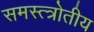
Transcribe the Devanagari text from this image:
समस्त्त्रोतीय